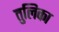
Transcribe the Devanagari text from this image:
तुलिका